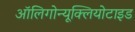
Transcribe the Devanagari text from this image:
ऑलिगोन्यूक्लियोटाइड